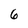
Character: 6